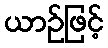
ယာဉ်ဖြင့်